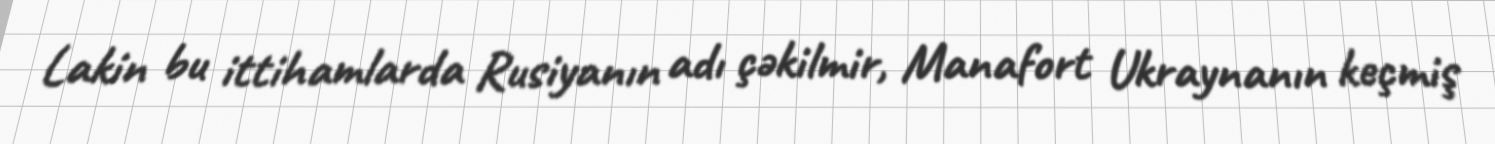
Lakin bu ittihamlarda Rusiyanın adı çəkilmir, Manafort Ukraynanın keçmiş